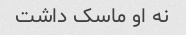
نه او ماسک داشت